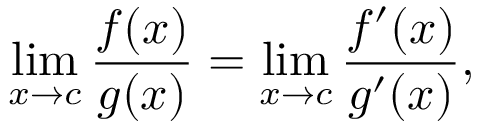
\operatorname* { l i m } _ { x \to c } { \frac { f ( x ) } { g ( x ) } } = \operatorname* { l i m } _ { x \to c } { \frac { f ^ { \prime } ( x ) } { g ^ { \prime } ( x ) } } ,